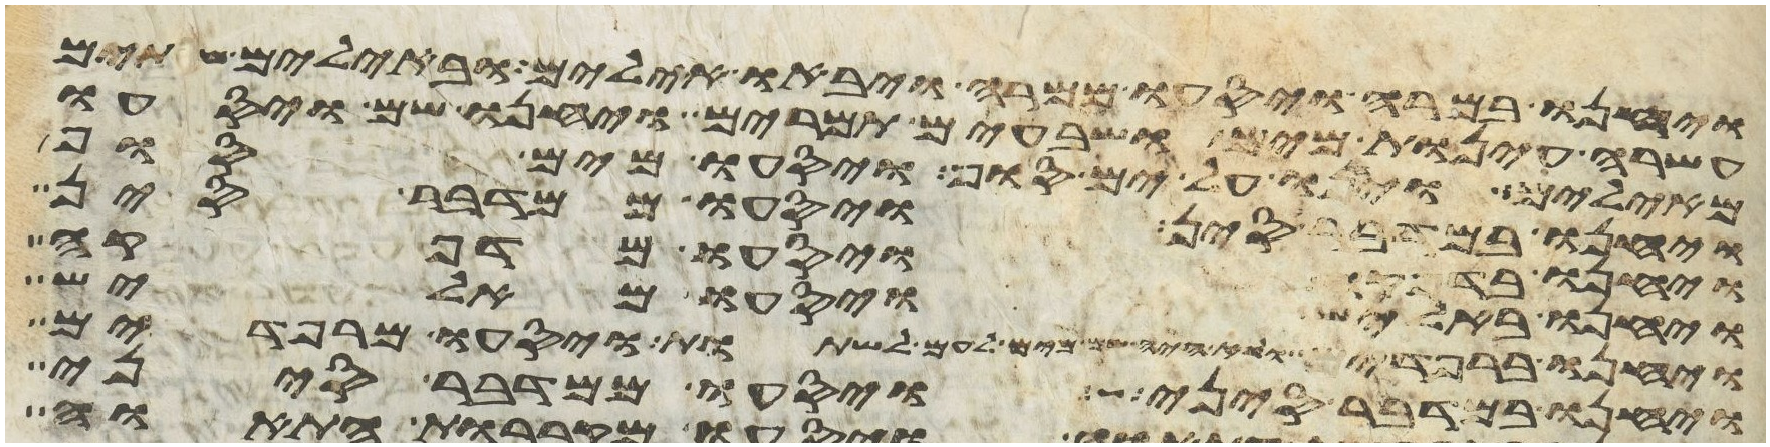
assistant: ויחנו במרה ויסעו ממרה ויבאו אילים ובאילים שתים
עשרה עינות מים ושבעים תמרים ויחנו שם ויסעו
מאילים ויחנו על ים סוף ויסעו מים סוף
ויחנו במדבר סין ויסעו ממדבר סין
ויחנו בדפקה ויסעו מדפקה
ויחנו באליש ויסעו מאליש
ויחנו ברפידים ולא היה שם מים לעם לשתות ויסעו מרפידים
ויחנו במדבר סיני ויסעו ממדבר סיני